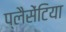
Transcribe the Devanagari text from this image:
प्लैसेंटिया